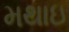
મથાઇ